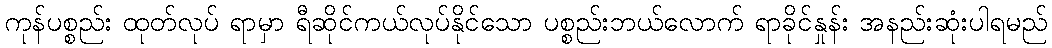
ကုန်ပစ္စည်း ထုတ်လုပ် ရာမှာ ရီဆိုင်ကယ်လုပ်နိုင်သော ပစ္စည်းဘယ်လောက် ရာခိုင်နှုန်း အနည်းဆုံးပါရမည်